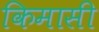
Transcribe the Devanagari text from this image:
किमासी